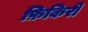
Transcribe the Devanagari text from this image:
फ़िकिरी